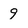
Character: 9